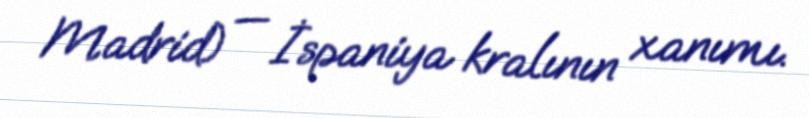
Madrid) — İspaniya kralının xanımı.